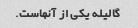
گالیله یکی از آنهاست.